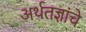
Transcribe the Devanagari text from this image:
अर्थतज्ञांचे